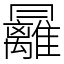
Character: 㒿